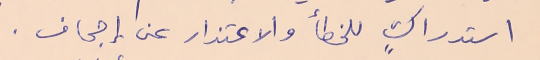
استدراكٍ للخطأ والاعتذار عن إجحاف.